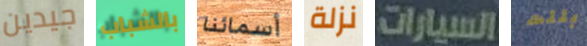
جيدين بالشباب أسمائنا نزلة السيارات بللت